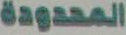
المحدودة